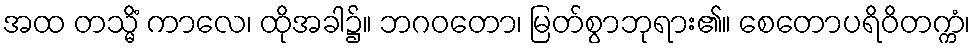
အထ တသ္မိံ ကာလေ၊ ထိုအခါ၌။ ဘဂဝတော၊ မြတ်စွာဘုရား၏။ စေတောပရိဝိတက္ကံ၊